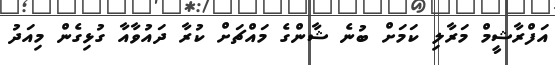
އަފްރާޝީމް މަރާލި ކަމަށް ބުނެ ޝާންގެ މައްޗަށް ކުރާ ދައުވާއާ ގުޅިގެން މިއަދު